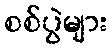
စစ်ပွဲများ